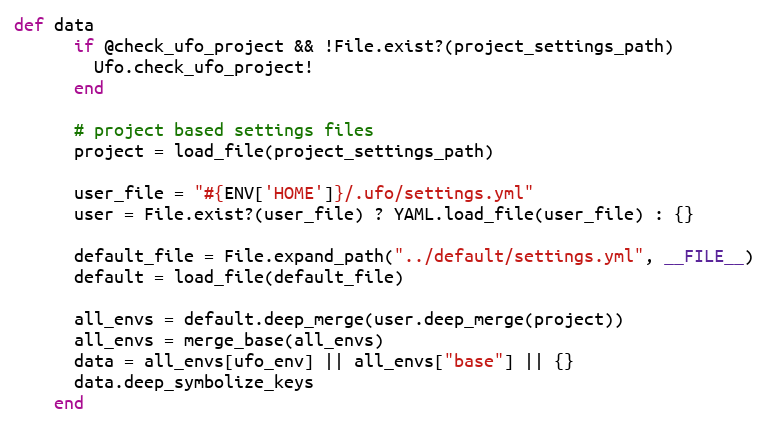
Language: Ruby
def data
      if @check_ufo_project && !File.exist?(project_settings_path)
        Ufo.check_ufo_project!
      end

      # project based settings files
      project = load_file(project_settings_path)

      user_file = "#{ENV['HOME']}/.ufo/settings.yml"
      user = File.exist?(user_file) ? YAML.load_file(user_file) : {}

      default_file = File.expand_path("../default/settings.yml", __FILE__)
      default = load_file(default_file)

      all_envs = default.deep_merge(user.deep_merge(project))
      all_envs = merge_base(all_envs)
      data = all_envs[ufo_env] || all_envs["base"] || {}
      data.deep_symbolize_keys
    end